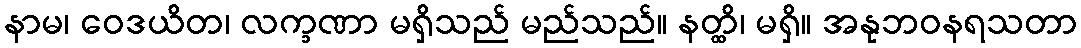
နာမ၊ ဝေဒယိတ၊ လက္ခဏာ မရှိသည် မည်သည်။ နတ္ထိ၊ မရှိ။ အနုဘဝနရသတာ